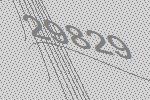
29829